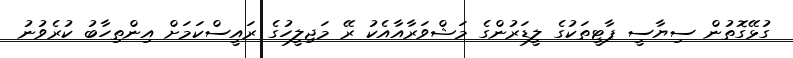
ގުޅޭގޮތުން ސިޔާސީ ޕާޓީތަކުގެ ލީޑަރުންގެ މަޝްވަރާއާއެކު ރޭ މަޖިލީހުގެ ރައީސްކަމަށް އިންތިހާބު ކުރެވުނު